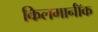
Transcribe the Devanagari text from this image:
किलमार्नॉक